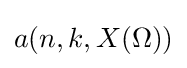
a(n,k,X(\Omega ))